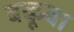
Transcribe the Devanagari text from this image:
बकूबा